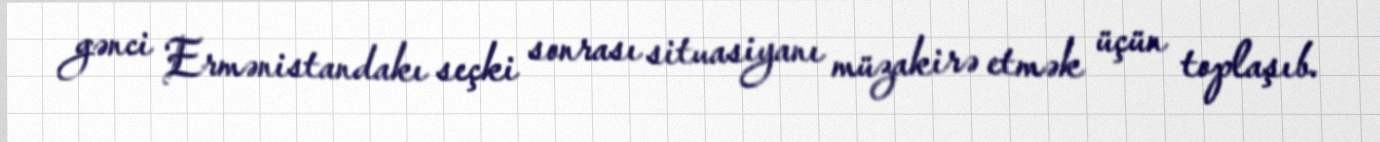
gənci Ermənistandakı seçki sonrası situasiyanı müzakirə etmək üçün toplaşıb.